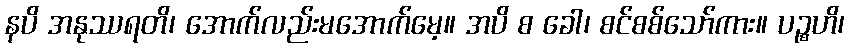
နပိ အနုဿရတိ၊ အောက်လည်းမအောက်မေ့။ အပိ စ ခေါ၊ စင်စစ်သော်ကား။ ပဉ္စဟိ၊